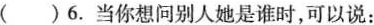
( )6.当你想问别人她是谁时,可以说: